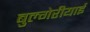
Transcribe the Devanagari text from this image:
बुल्गेरीयाई